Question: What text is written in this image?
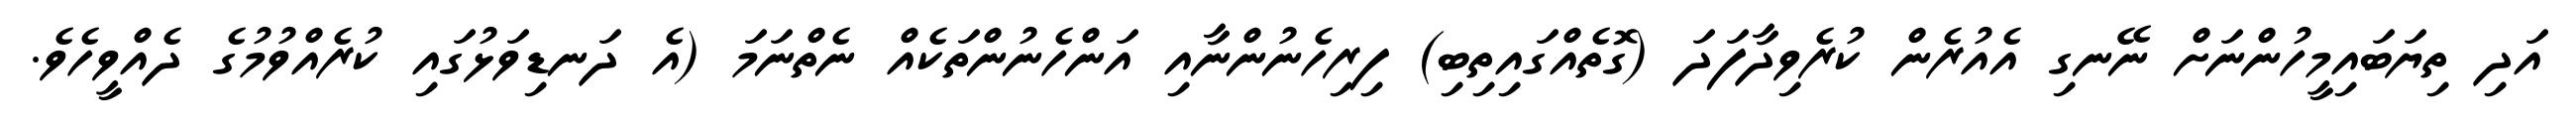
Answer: އަދި ތިޔަބައިމީހުންނަށް ނޭނގި އެއުރެން ކުރެވިދާފަދަ (ގޮތެއްގައިތިބި) ފިރިހެނުންނާއި އަންހެނުންތަކެއް ނެތްނަމަ (އެ ދަނޑިވަޅުގައި ކުރެއްވުމުގެ ދެއްވީހެވެ.